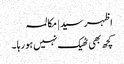
اظہر سید | مکالمہ
کچھ بھی ٹھیک نہیں ہو رہا ۔